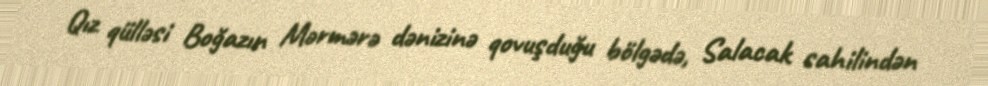
Qız qülləsi Boğazın Mərmərə dənizinə qovuşduğu bölgədə, Salacak sahilindən